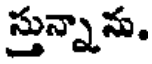
స్తున్నాను.